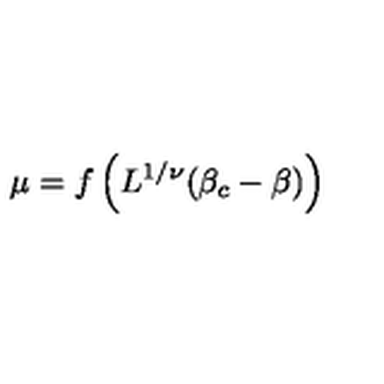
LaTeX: \mu = f \left( L ^ { 1 / \nu } ( \beta _ { c } - \beta ) \right)